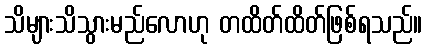
သိများသိသွားမည်လောဟု တထိတ်ထိတ်ဖြစ်ရသည်။